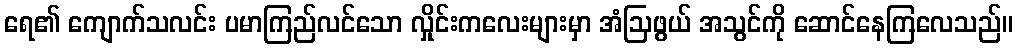
ရေ၏ ကျောက်သလင်း ပမာကြည်လင်သော လှိုင်းကလေးများမှာ အံဩဖွယ် အသွင်ကို ဆောင်နေကြလေသည်။